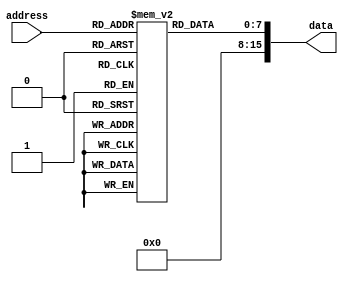
module OTP_ROM (
    input [address_width - 1:0] address,
    output reg [data_width - 1:0] data
);

parameter address_width = 8;
parameter data_width = 16;

reg [address_width - 1:0] rom [0:(2**address_width)-1];

initial begin
    // Initialize the OTP ROM with fixed data
    // Example: storing data in the first 4 memory locations
    rom[0] = 16'h1234;
    rom[1] = 16'h5678;
    rom[2] = 16'h9ABC;
    rom[3] = 16'hDEF0;
end

always @(*) begin
    // Read data from the OTP ROM based on the input address
    data = rom[address];
end

endmodule